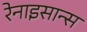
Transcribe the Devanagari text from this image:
रेनाइसान्स